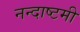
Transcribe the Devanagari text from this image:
नन्दाष्टमी